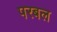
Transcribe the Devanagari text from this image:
परबल